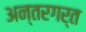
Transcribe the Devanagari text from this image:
अन्तरगर्त